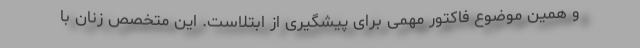
و همین موضوع فاکتور مهمی برای پیشگیری از ابتلاست. این متخصص زنان با